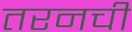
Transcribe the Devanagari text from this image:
तरनची